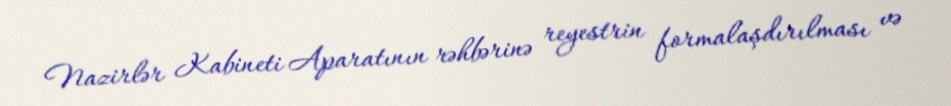
Nazirlər Kabineti Aparatının rəhbərinə reyestrin formalaşdırılması və